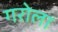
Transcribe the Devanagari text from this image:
गरोला